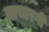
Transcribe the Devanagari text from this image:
लाचारगी